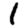
Digit: 1